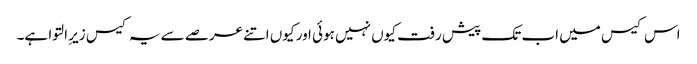
اس کیس میں اب تک پیش رفت کیوں نہیں ہوئی اور کیوں اتنے عرصے سے یہ کیس زیرِ التوا ہے۔